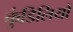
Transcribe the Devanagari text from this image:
कुंडिलियों